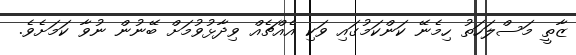
ޒާތީ މަސްލަހަތު ހިމެނޭ ކަންކަމުގައި ވަކި އެއްޗެއް ވިދާޅުވުމަށް ބޭނުން ނުވާ ކަމަށެވެ.